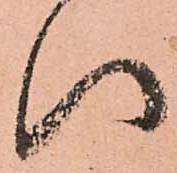
い